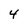
Character: 4